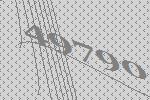
49790